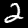
Label: 2